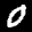
Label: 0